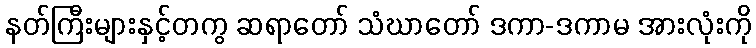
နတ်ကြီးများနှင့်တကွ ဆရာတော် သံဃာတော် ဒကာ-ဒကာမ အားလုံးကို